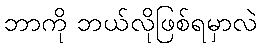
ဘာကို ဘယ်လိုဖြစ်ရမှာလဲ